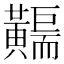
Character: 𪏣